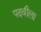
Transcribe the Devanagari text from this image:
पदवीला